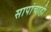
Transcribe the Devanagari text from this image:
सापांचाही